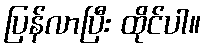
ပြန်လာပြီး ထိုင်ပါ။